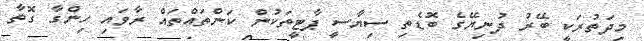
މިދަތުރަކީ ބޭރު ދުނިޔޭގެ ބޮޑެތި ސިޔާސީ ޕާޓީތަކުން ކަންތައްތައް ރާވައި ހިންގާ ގޮތާ